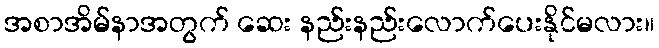
အစာအိမ်နာအတွက် ဆေး နည်းနည်းလောက်ပေးနိုင်မလား။